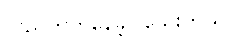
လည်တတ်နေခဲ့ပါသေးတယ်။